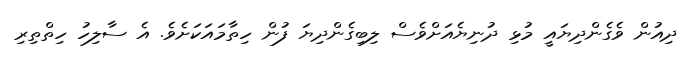
ދިއުން ވެގެންދިޔައީ މުޅި ދުނިޔެއަށްވެސް ލިބިގެންދިޔަ ފުން ހިތާމައަކަށެވެ. އެ ސާލިހު ހިތްތިރި